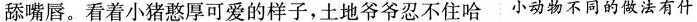
舔嘴唇。看着小猪憨厚可爱的样子，土地爷爷忍不住哈 小动物不同的做法有什